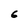
Character: 6